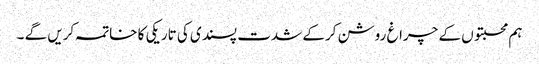
ہم محبتوں کے چراغ روشن کرکے شدت پسندی کی تاریکی کا خاتمہ کریں گے ۔